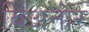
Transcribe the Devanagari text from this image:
बिअनोर